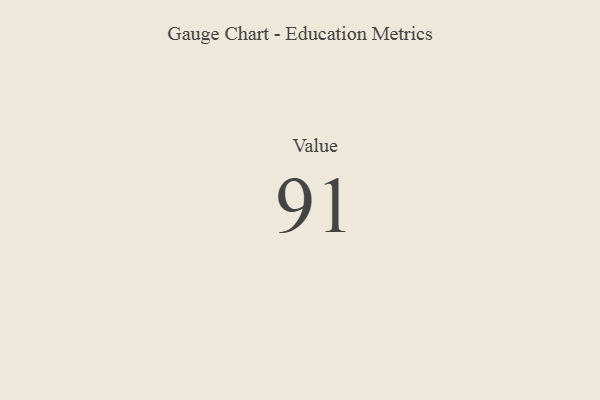
{"axis": {"x": "Metric", "y": "Value"}, "legend": [""], "data": [{"x": "Value", "y": 91, "type": ""}]}